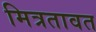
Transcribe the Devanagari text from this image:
मित्रतावत